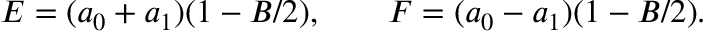
E = ( a _ { 0 } + a _ { 1 } ) ( 1 - B / 2 ) , \qquad F = ( a _ { 0 } - a _ { 1 } ) ( 1 - B / 2 ) .